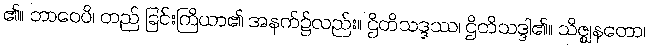
၏။ ဘာဝေပိ၊ တည် ခြင်းကြိယာ၏ အနက်၌လည်း။ ဌိတိသဒ္ဒဿ၊ ဌိတိသဒ္ဒါ၏။ သိဇ္ဈနတော၊